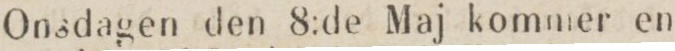
Onsdagen den 8:de Maj kommer en